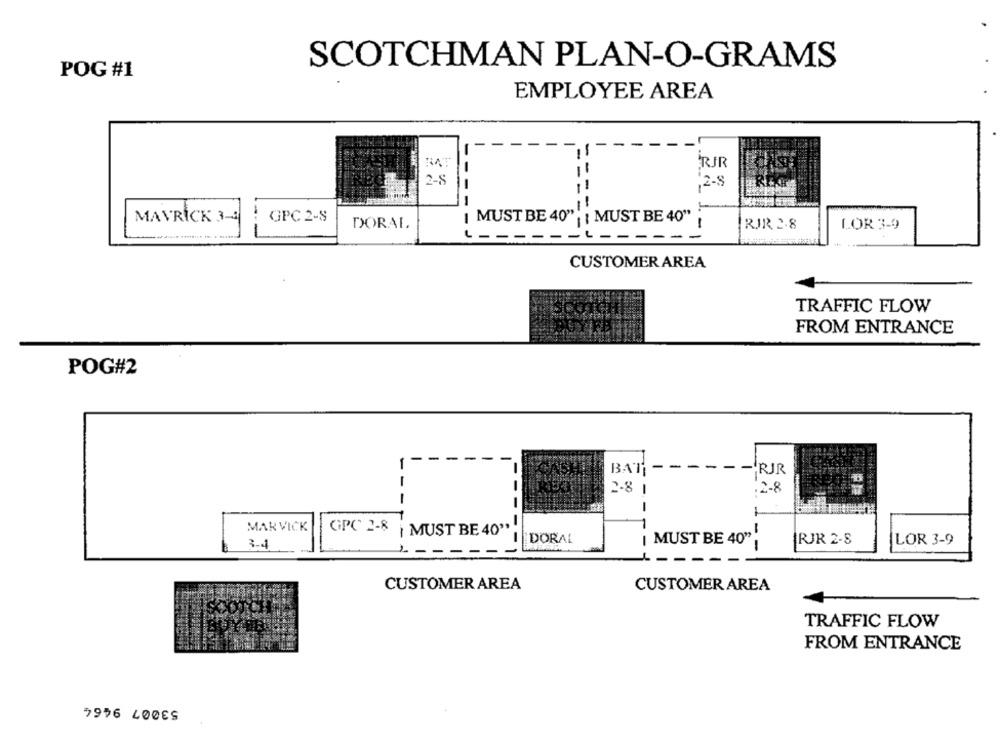
SCOTCHMAN PLAN-O-GRAMS
POG #1
EMPLOYEE AREA
RJR
2-5
,2-8
MAVRICK 3-4
GPC 2-8
I MUST BE 40" | | MUST BE 40"
1
DORAL
RJR 2.8
LOR 3-9
---
-- ----
CUSTOMER AREA
TRAFFIC FLOW
FROM ENTRANCE
POG#2
---
-
BAT
-RJR
2.8
.2-8
-
-
MARVICK
GPC 2-8 | MUST BE 40"
DORAL
MUST BE 40"
RJR 2-8
LOR 3-9
"I
------
1 ---
CUSTOMER AREA
CUSTOMER AREA
TRAFFIC FLOW
FROM ENTRANCE
7996 40DES